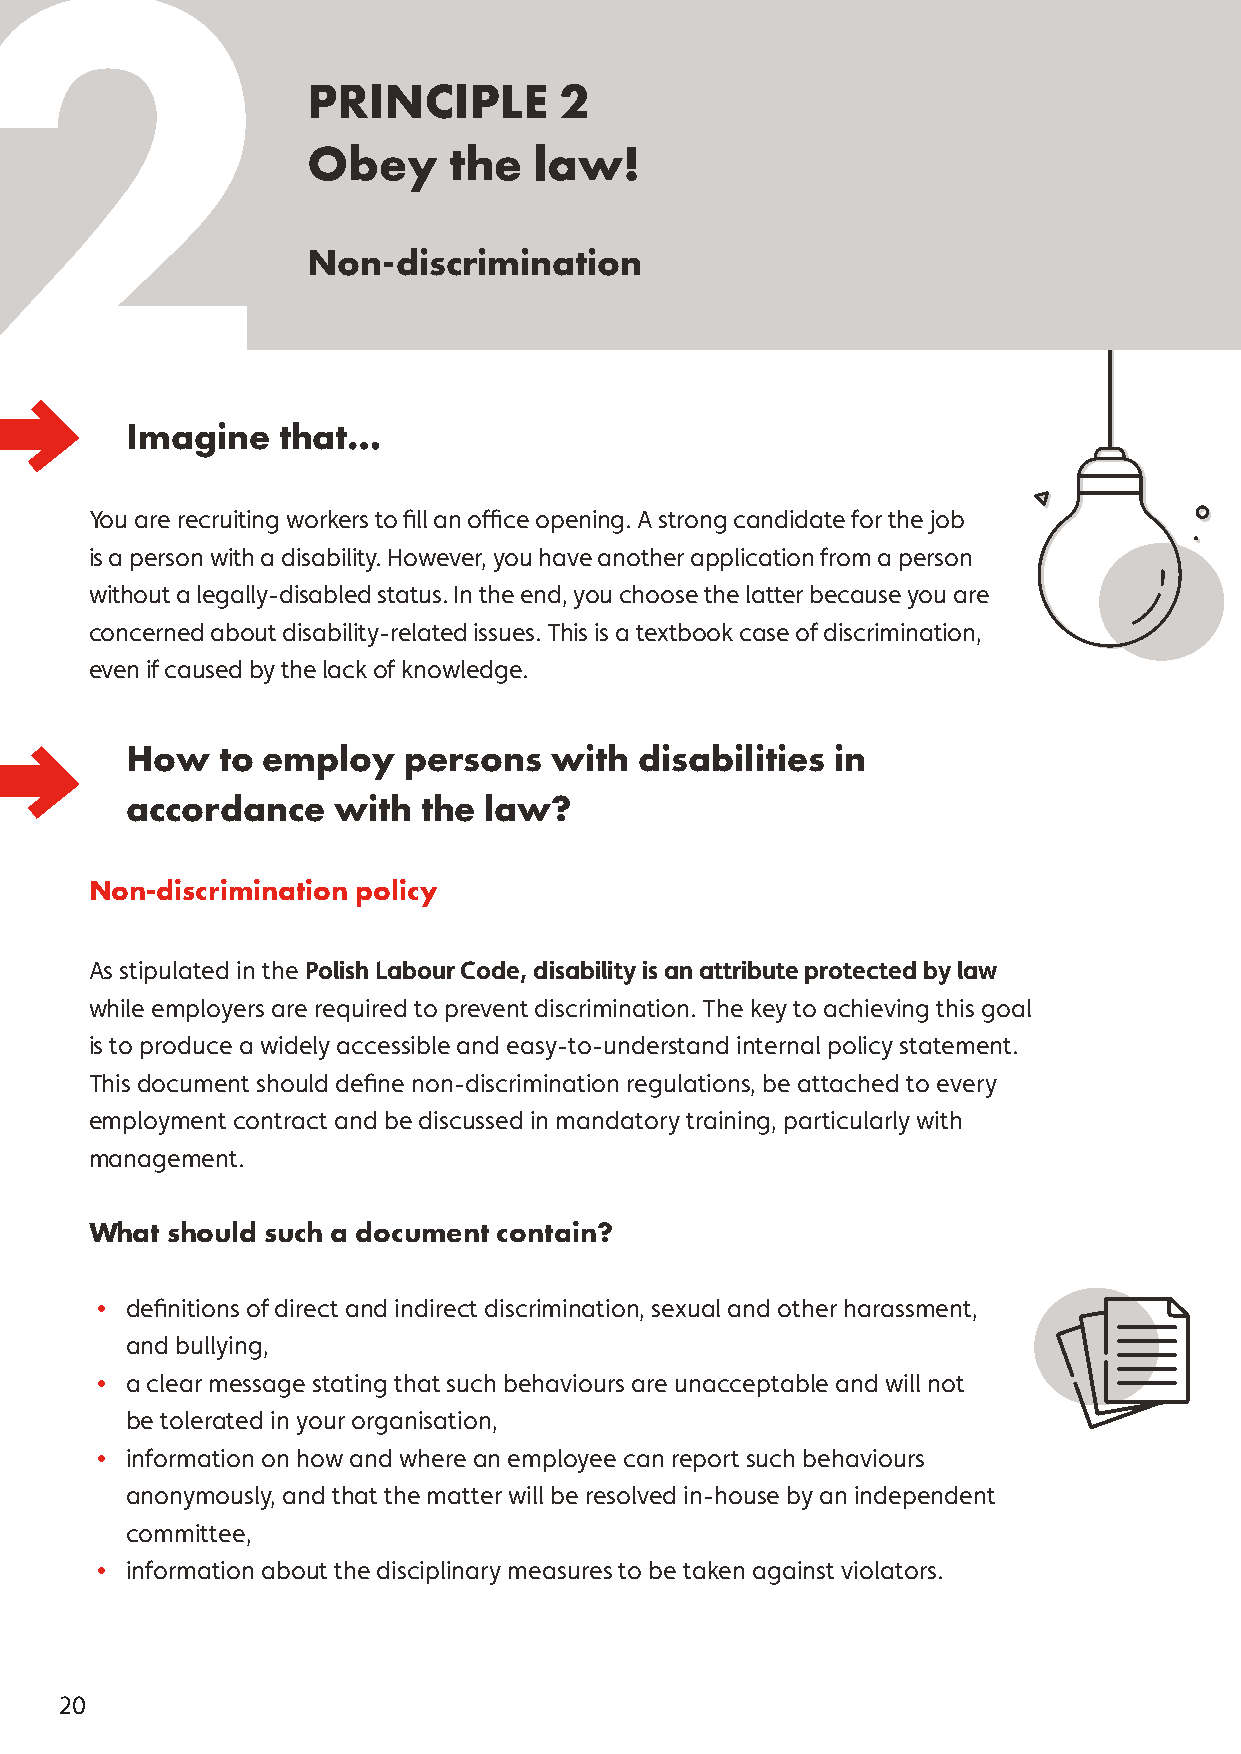
2
 PRINCIPLE        2
 Obey      the  law!
 Non-discrimination
 Imagine   that…
 You are recruiting workers to fill an office opening. A strong candidate for the job
 is a person with a disability. However, you have another application from a person
 without a legally-disabled status. In the end, you choose the latter because you are
 concerned about disability-related issues. This is a textbook case of discrimination,
 even if caused by the lack of knowledge.
 How    to employ   persons  with  disabilities in
 accordance    with  the law?
 Non-discrimination policy
 As stipulated in the Polish Labour Code, disability is an attribute protected by law
 while employers are required to prevent discrimination. The key to achieving this goal
 is to produce a widely accessible and easy-to-understand internal policy statement.
 This document should define non-discrimination regulations, be attached to every
 employment contract and be discussed in mandatory training, particularly with
 management.
 What should such a document contain?
 • definitions of direct and indirect discrimination, sexual and other harassment,
 and bullying,
 • a clear message stating that such behaviours are unacceptable and will not
 be tolerated in your organisation,
 • information on how and where an employee can report such behaviours
 anonymously, and that the matter will be resolved in-house by an independent
 committee,
 • information about the disciplinary measures to be taken against violators.
 20